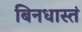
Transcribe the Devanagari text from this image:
बिनधास्तं